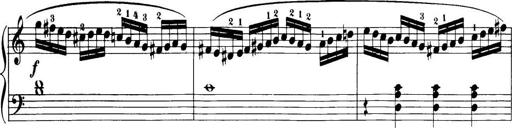
Title: 32 Sonatinas and Rondos for the Piano
Composer: Richard Kleinmichel